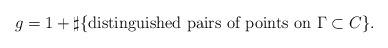
LaTeX: \begin{align*} g=1+\sharp\{\mbox{distinguished pairs of points on $\Gamma\subset C$}\}.\end{align*}